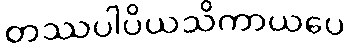
တဿပါပိယသိကာယပေ